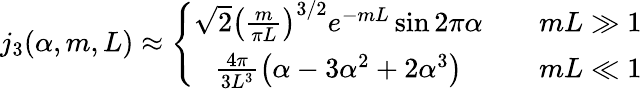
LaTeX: j_{3}(\alpha,m,L)\approx\left\{ \begin{array}{cc}{{\sqrt{2}\left(\frac{m}{\pi L}\right)^{3/2}e^{-mL}\sin 2\pi\alpha}}&{{\quad mL\gg 1}}\\ {{\frac{4\pi}{3L^{3}}\left(\alpha-3\alpha^{2}+2\alpha^{3}\right)}}&{{\quad mL\ll 1}}\end{array}\right.